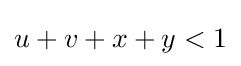
u+v+x+y<1